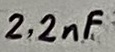
Text: 2.2nF